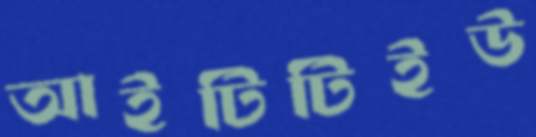
আইটিটিইউ